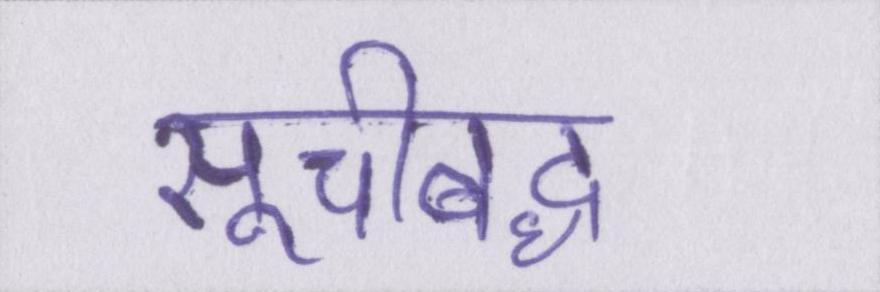
सूचीबद्ध